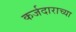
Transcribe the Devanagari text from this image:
कर्जदाराच्या